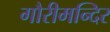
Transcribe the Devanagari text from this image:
गौरीमन्दिर